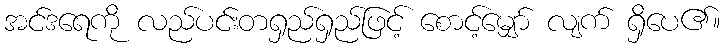
အင်ဒရေကို လည်ပင်းတရှည်ရှည်ဖြင့် စောင့်မျှော် လျက် ရှိပေ၏။